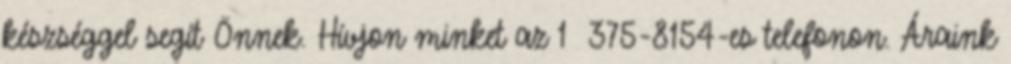
készséggel segít Önnek. Hívjon minket az 1 375-8154-es telefonon. Áraink